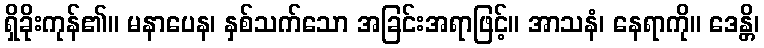
ရှိခိုးကုန်၏။ မနာပေန၊ နှစ်သက်သော အခြင်းအရာဖြင့်။ အာသနံ၊ နေရာကို။ ဒေန္တိ၊